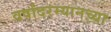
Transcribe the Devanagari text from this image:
वर्षांदरम्यानच्या